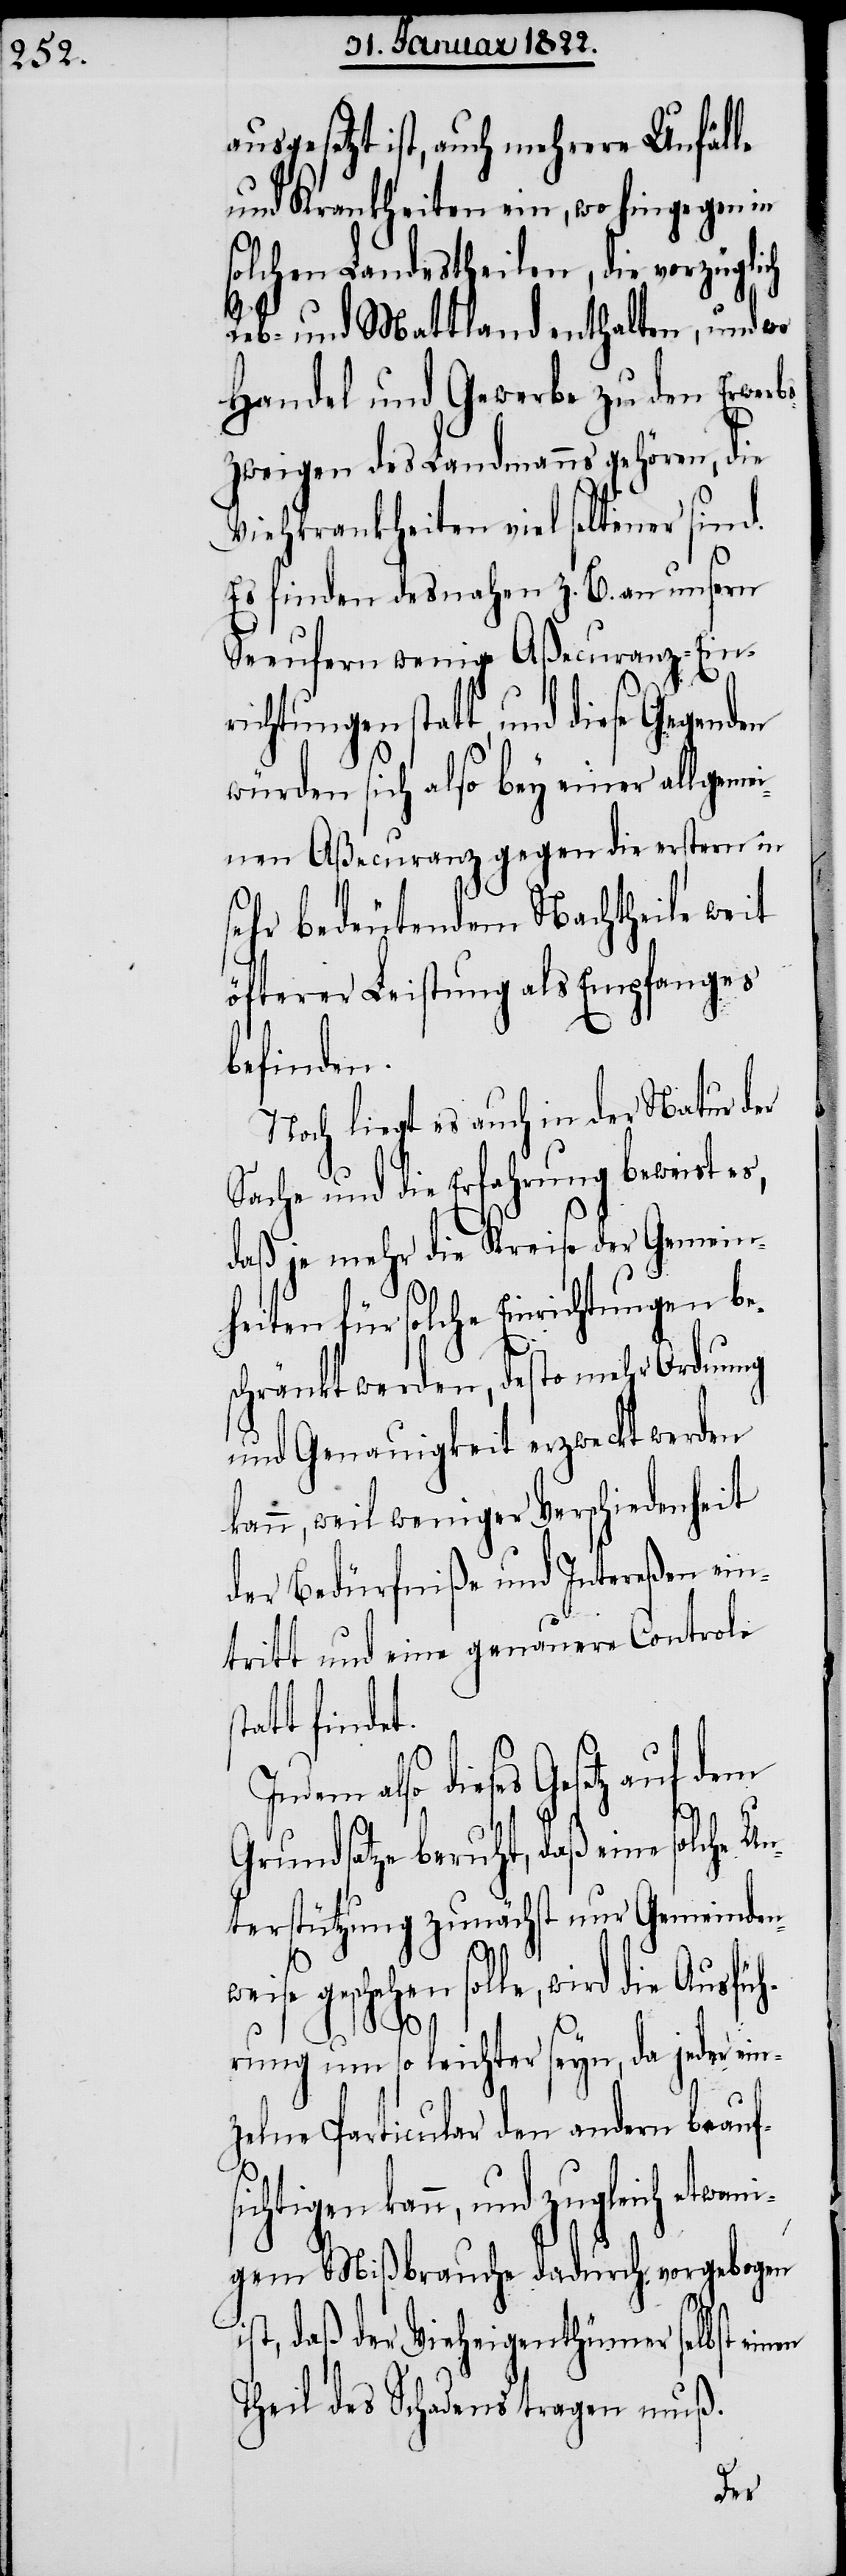
ausgesetzt ist, auch mehrere Unfälle
und Krankheiten ein, wo hingegen in
solchen Landestheilen, die vorzügli¬
Reb- und Mattland enthalten, und wo
Handel und Gewerbe zu den Erwer¬
bszweigen des Landmanns gehören, die
Viehkrankheiten viel seltener sind.
Es finden desnahen z. B. an unsern
Seeufern wenige Aßecuranz-Einr¬
ichtungen statt, und diese
würden sich also bey einer allgemei¬
nen Aßecuranz gegen die erstern in
sehr bedeutendem Nachtheile weit
öfterer Leistung als Empfanges
befinden.
Noch liegt es auch in der Natur der
Sache und die Erfahrung beweist es,
daß je mehr die Kreise der Gemein¬
heiten für solche Einrichtungen be¬
schränkt werden, desto mehr Ordnung
und Genauigkeit erzweckt werden
kann, weil weniger Verschiedenheit
der Bedürfniße und Intereßen ein¬
tritt und eine genauere Controle
att findet.
zugleich etwani¬
Grundsatze beruht, daß eine solche Un¬
terstützung zunächst nur Gemeinden¬
weise geschehen solle, wird die Ausfüh¬
st¬
rung um so leichter seyn, da jeder ein¬
zelne Particular den andern beaufs¬
ichtigen kann, und
gem Mißbrauche dadurch vorgebogen
ist, daß der Vieheigenthümer selbst einen
Theil des Schadens tragen muß.